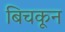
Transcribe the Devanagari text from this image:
बिचकून